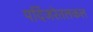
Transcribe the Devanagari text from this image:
पदिंजरेतलकल